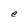
Character: e